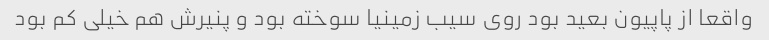
واقعا از پاپیون بعید بود روی سیب زمینیا سوخته بود و پنیرش هم خیلی کم بود